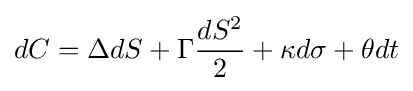
dC=\Delta dS+\Gamma {\frac {dS^{2}}{2}}+\kappa d\sigma +\theta dt